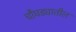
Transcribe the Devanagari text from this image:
चौघड्यातील